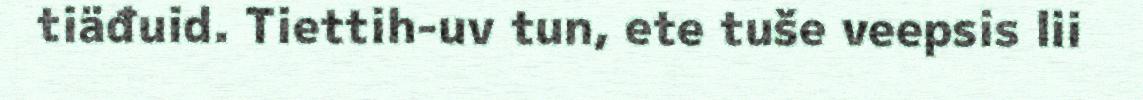
tiäđuid. Tiettih-uv tun, ete tuše veepsis lii